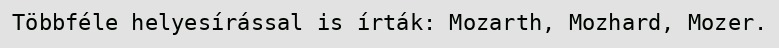
Többféle helyesírással is írták: Mozarth, Mozhard, Mozer.